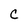
Character: C